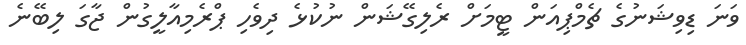
ވަނަ ޑިވިޝަނުގެ ޗެމްޕިއަން ޓީމަށް ރެލިގޭޝަން ނުކުޅެ ދިވެހި ޕްރެމިއާލީގުން ޖާގަ ލިބޭނެ